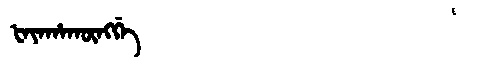
Manchu: ᡶᠠᠶᠠᡥᠠᡴᡡᠩᡤᡝ
Romanization: FAYAHAKŪNGGE